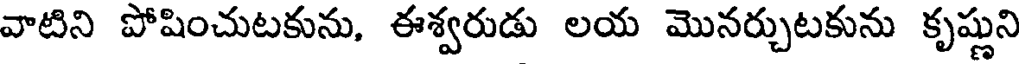
వాటిని పోషించుటకును, ఈశ్వరుడు లయ మొనర్చుటకును కృష్ణుని